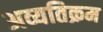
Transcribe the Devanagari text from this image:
अव्यतिक्रम